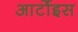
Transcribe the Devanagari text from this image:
आर्टोइस